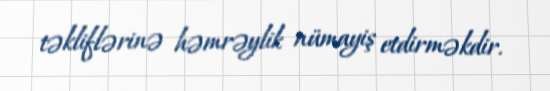
təkliflərinə həmrəylik nümayiş etdirməkdir.